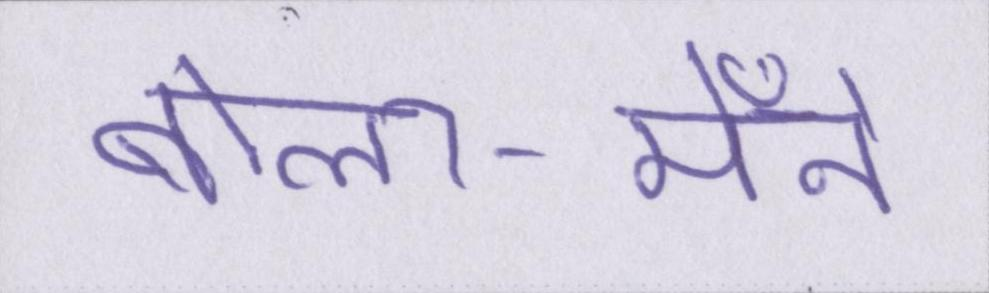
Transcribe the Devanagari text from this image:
बोला-मैँने